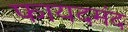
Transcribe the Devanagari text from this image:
फायदमंद